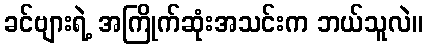
ခင်ဗျားရဲ့ အကြိုက်ဆုံးအသင်းက ဘယ်သူလဲ။